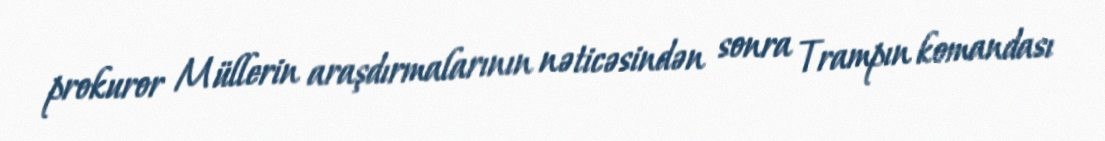
prokuror Müllerin araşdırmalarının nəticəsindən sonra Trampın komandası